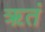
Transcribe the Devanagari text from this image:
ॠतं